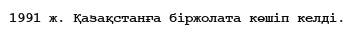
1991 ж. Қазақстанға біржолата көшіп келді.